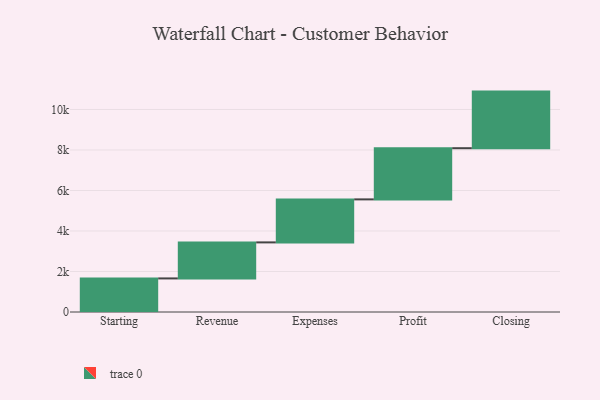
{"axis": {"x": "Step", "y": "Value"}, "legend": [""], "data": [{"x": "Starting", "y": 1658.0, "type": ""}, {"x": "Revenue", "y": 1779.0, "type": ""}, {"x": "Expenses", "y": 2124.0, "type": ""}, {"x": "Profit", "y": 2527.0, "type": ""}, {"x": "Closing", "y": 2795.0, "type": ""}]}